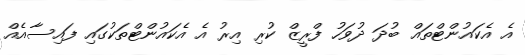
އެ އެކައުންޓްތައް ބުދަ ދުވަހު ފްރީޒް ކުރި އިރު އެ އެކައުންޓްތަކުގައި ފައިސާއެއް